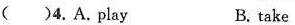
( )4. A. play B. take